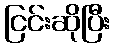
ငြင်းဆိုပြီး